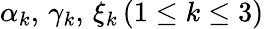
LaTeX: \alpha_{k},\, \gamma_{k},\, \xi_{k}\, (1\leq k\leq 3)